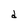
Character: d